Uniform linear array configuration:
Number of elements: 4
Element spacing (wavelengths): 0.5
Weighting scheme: hann
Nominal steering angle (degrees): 15
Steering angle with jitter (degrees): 15.563
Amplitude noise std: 0.05
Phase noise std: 0.05

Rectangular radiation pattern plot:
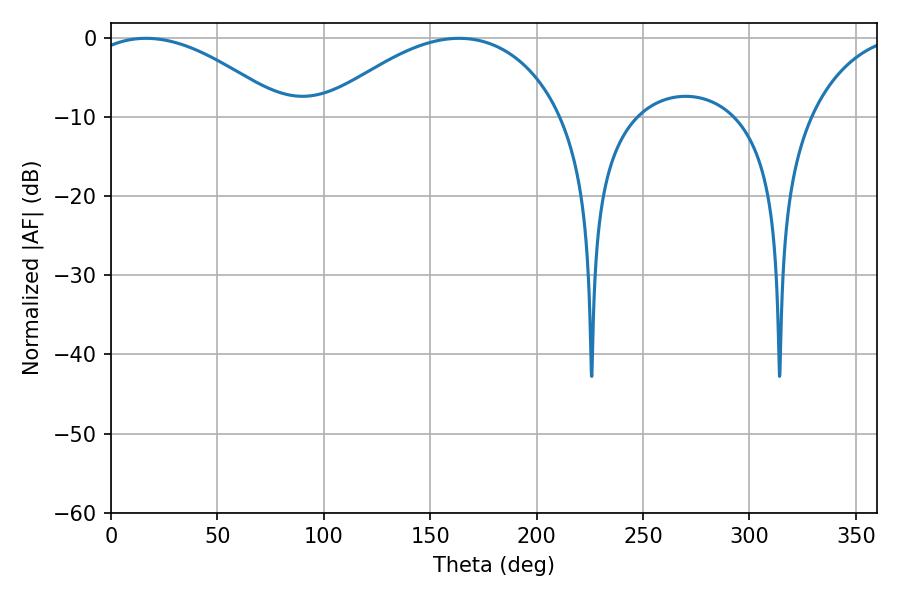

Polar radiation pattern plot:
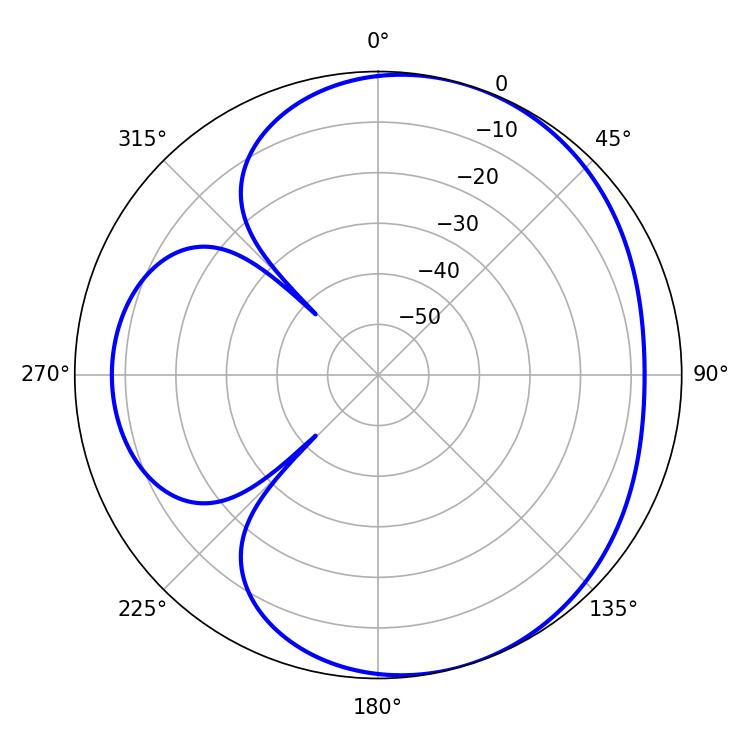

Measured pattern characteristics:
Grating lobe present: FALSE
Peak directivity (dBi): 4.599
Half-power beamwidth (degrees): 51.48
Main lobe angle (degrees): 16.38